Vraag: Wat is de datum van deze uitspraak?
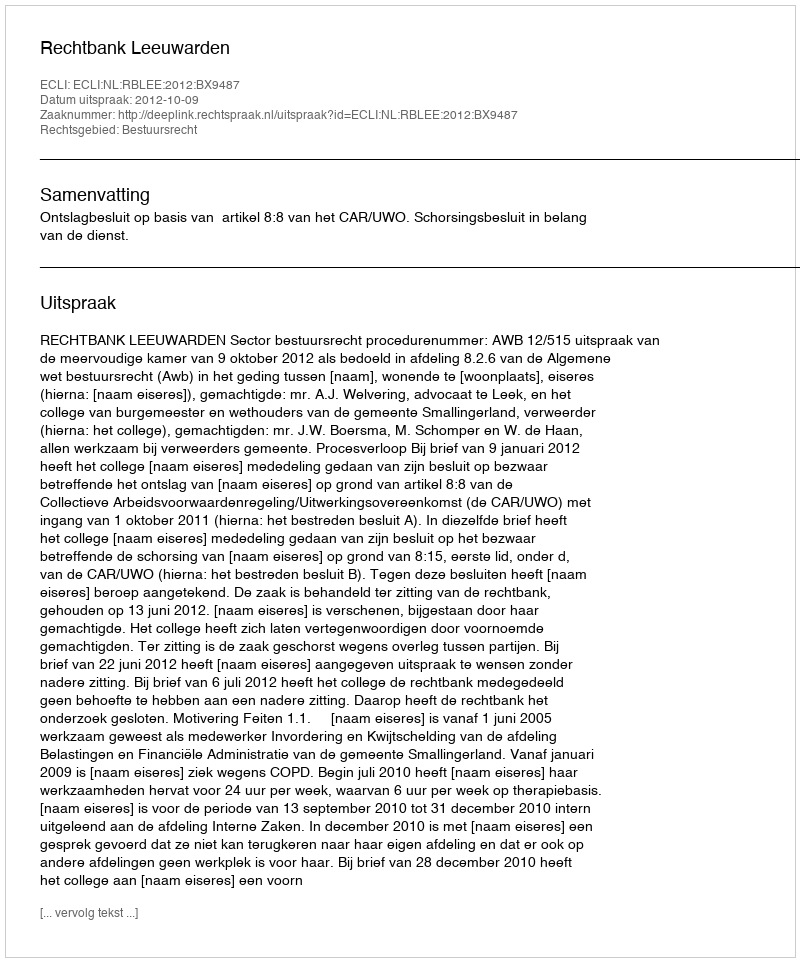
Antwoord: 2012-10-09